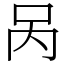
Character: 呙